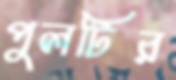
পুলটির